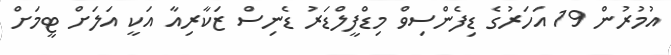
އުމުރުން 19 އަހަރުގެ ޑިފެންސިވް މިޑްފީލްޑަރު ޑެނިސް ޒަކާރިއާ އަކީ އަލަށް ޓީމަށް